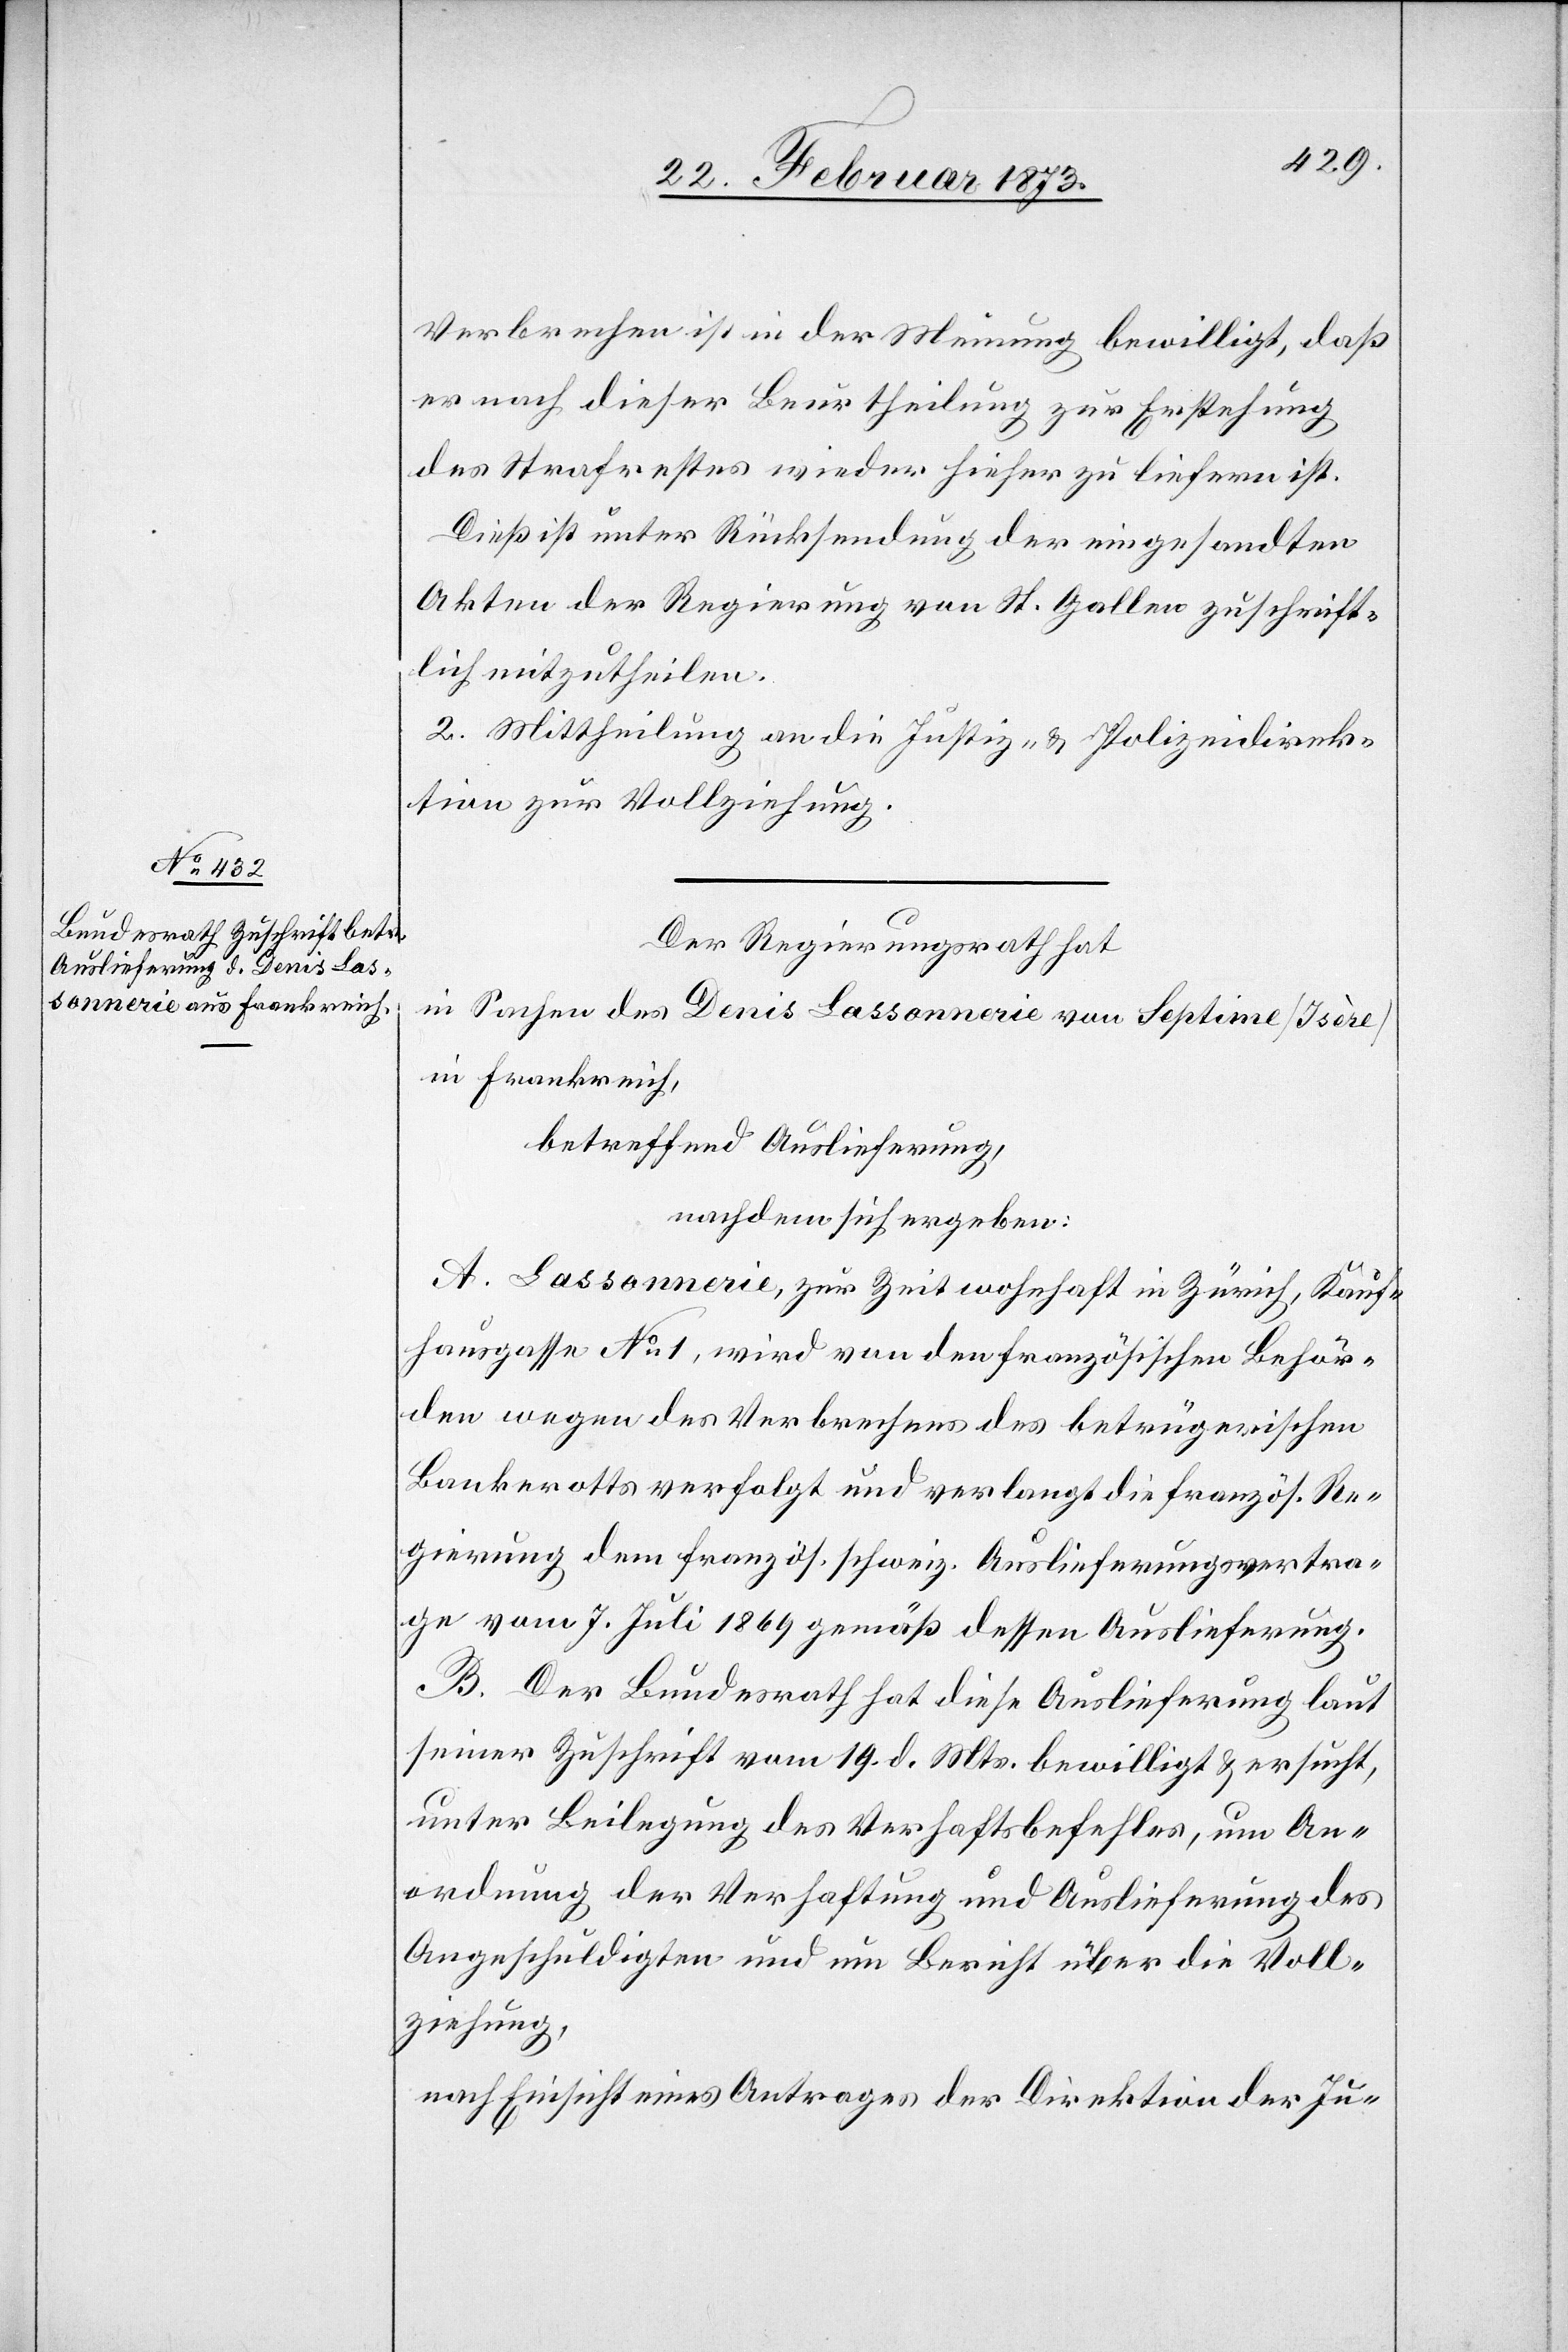
Verbrechen ist in der Meinung bewilligt, daß
er nach dieser Beurtheilung zur Erstehung
des Strafrestes wieder hieher zu liefern ist.
Dieß ist unter Rücksendung der eingesandten
Akten der Regierung von St. Gallen zuschrift¬
lich mitzutheilen.
2. Mittheilung an die Justiz- u. Polizeidirek¬
tion zur Vollziehung.
Der Regierungsrath hat
in Sachen des Denis Lassonnerie von Septime [Isère]
in Frankreich,
betreffend Auslieferung,
nachdem sich ergeben:
A. Lassonnerie, zur Zeit wohnhaft in Zürich, Kauf¬
hausgasse No. 1, wird von den französischen Behör¬
den wegen des Verbrechens des betrügerischen
Bankerotts verfolgt und verlangt die französ. Re¬
gierung dem französ. schweiz. Auslieferungsvertra¬
ge vom 7. Juli 1869 gemäß dessen Auslieferung.
B. Der Bundesrath hat diese Auslieferung laut
seiner Zuschrift vom 19. d. Mts. bewilligt u. ersucht,
unter Beilegung des Verhaftsbefehles, um An¬
ordnung der Verhaftung und Auslieferung des
Angeschuldigten und um Bericht über die Voll¬
ziehung,
nach Einsicht eines Antrages der Direktion der Ju-